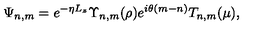
\Psi _ { n , m } = e ^ { - \eta L _ { z } } \Upsilon _ { n , m } ( \rho ) e ^ { i \theta ( m - n ) } T _ { n , m } ( \mu ) ,